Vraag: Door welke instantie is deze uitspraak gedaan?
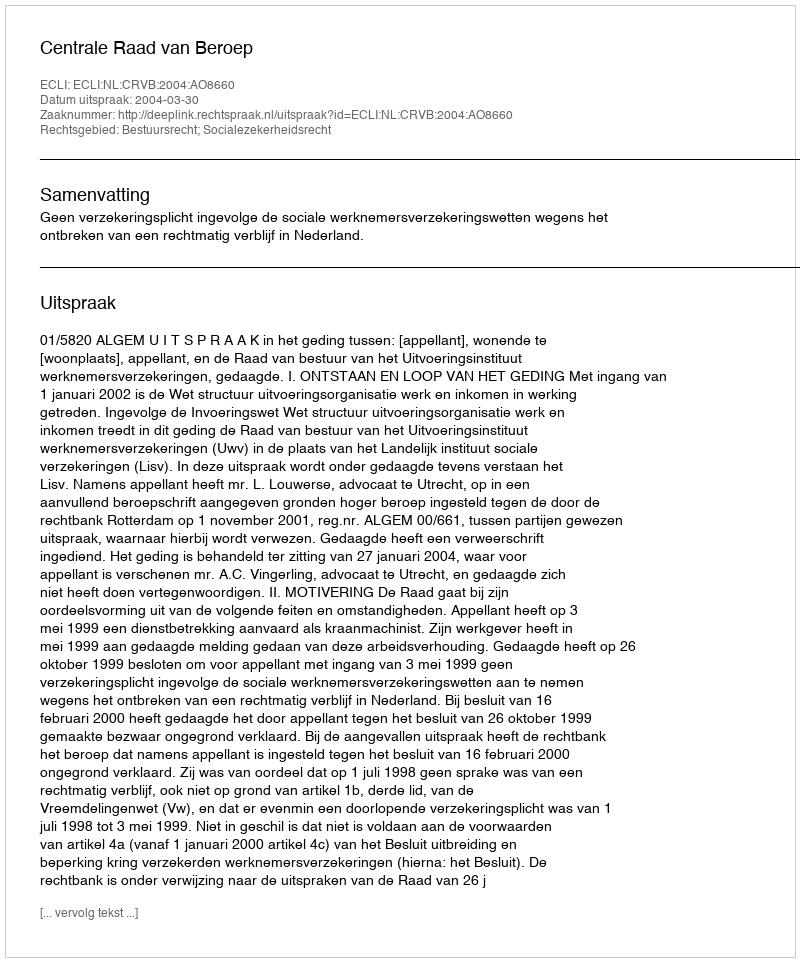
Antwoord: Centrale Raad van Beroep